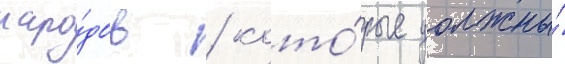
наро́дов / кото́рые должны́